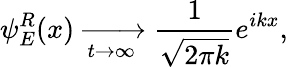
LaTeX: \psi_{E}^{R}(x)\xrightarrow[t\to\infty]{}\frac 1{\sqrt{2\pi k}}e^{ikx},